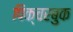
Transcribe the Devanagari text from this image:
पिक्चरबुक